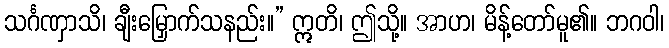
သင်္ဂဏှာသိ၊ ချီးမြှောက်သနည်း။” ဣတိ၊ ဤသို့။ အာဟ၊ မိန့်တော်မူ၏။ ဘဂဝါ၊